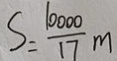
S = \frac { 1 0 0 0 0 } { 1 7 } m